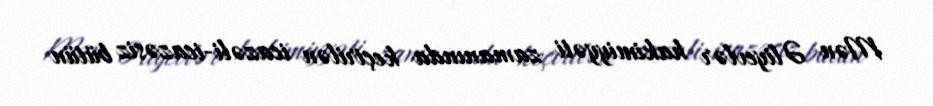
Mən Əliyevlər hakimiyyəti zamanında keçirilən icazəli-icazəsiz bütün